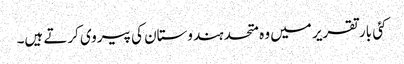
کئی بار تقریر میں وہ متحد ہندوستان کی پیروی کرتے ہیں۔